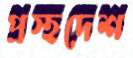
প্রস্হদেশ